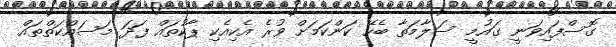
ގޮސްފައިވަނީ ގައުމީ ސަލާމަތާ ބެހޭ ކަންކަމަށް ވުރެ އެކިއެކި ޕާކުތައް ފަދަ މަސައްކަތްތައް